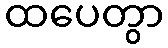
ထပေတွာ